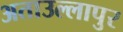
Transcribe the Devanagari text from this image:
अताउल्लापुर